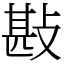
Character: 㪛